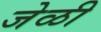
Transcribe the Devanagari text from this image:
जेळी